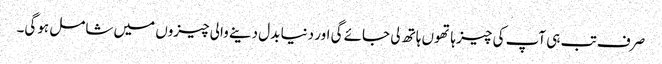
صرف تب ہی آپ کی چیز ہاتھوں ہاتھ لی جائے گی اور دنیا بدل دینے والی چیزوں میں شامل ہوگی۔